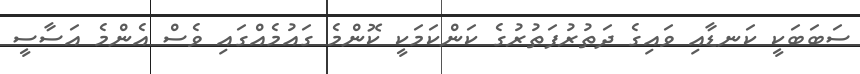
ސަބަބަކީ ކަނޑާއި ވައިގެ ދަތުރުފަތުރުގެ ކަންކަމަކީ ކޮންމެ ގައުމެއްގައި ވެސް އެންމެ އަސާސީ